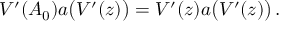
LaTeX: V ^ { \prime } ( A _ { 0 } ) a \bigl ( V ^ { \prime } ( z ) \bigr ) = V ^ { \prime } ( z ) a \bigl ( V ^ { \prime } ( z ) \bigr ) \, .